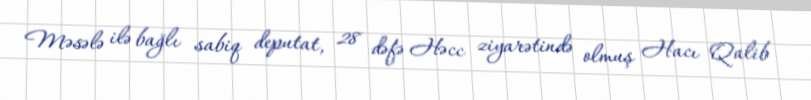
Məsələ ilə bağlı sabiq deputat, 28 dəfə Həcc ziyarətində olmuş Hacı Qalib